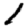
Digit: 1